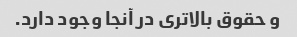
و حقوق بالاتری در آنجا وجود دارد.